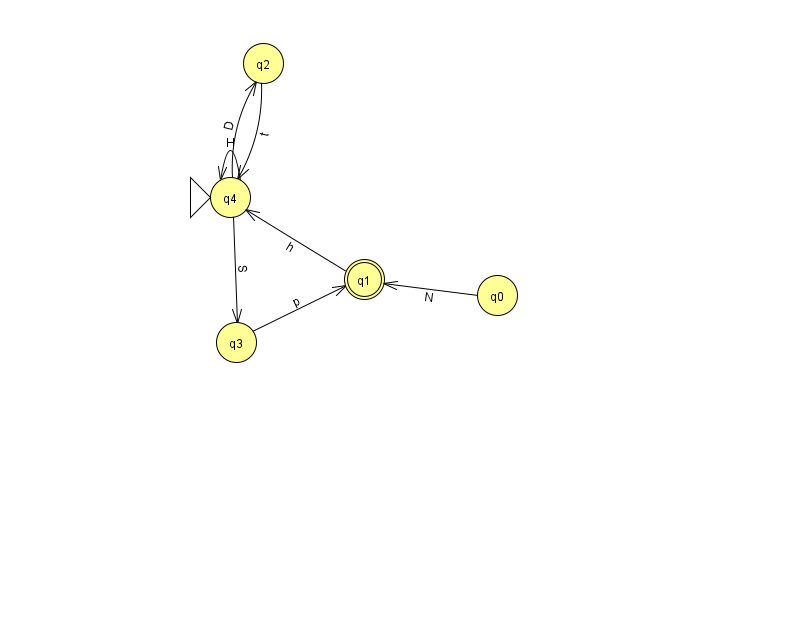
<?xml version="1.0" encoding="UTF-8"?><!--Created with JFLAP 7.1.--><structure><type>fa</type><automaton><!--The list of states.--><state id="0" name="q0"><x>497.0</x><y>282.0</y></state><state id="1" name="q1"><x>364.0</x><y>266.0</y><final/></state><state id="2" name="q2"><x>263.0</x><y>50.0</y></state><state id="3" name="q3"><x>236.0</x><y>329.0</y></state><state id="4" name="q4"><x>230.0</x><y>184.0</y><initial/></state><!--The list of transitions.--><transition><from>4</from><to>3</to><read>S</read></transition><transition><from>1</from><to>4</to><read>h</read></transition><transition><from>2</from><to>4</to><read>t</read></transition><transition><from>4</from><to>2</to><read>D</read></transition><transition><from>3</from><to>1</to><read>p</read></transition><transition><from>4</from><to>4</to><read>H</read></transition><transition><from>0</from><to>1</to><read>N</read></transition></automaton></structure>